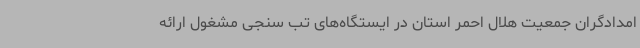
امدادگران جمعیت هلال احمر استان در ایستگاه‌های تب سنجی مشغول ارائه